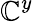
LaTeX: \mathbb{C}^{y}